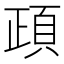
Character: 頙